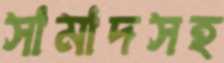
সামাদসহ